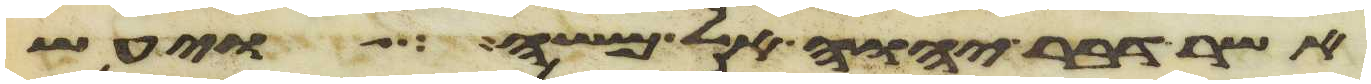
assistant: אשר דבר יהוה אל משה ויעש